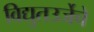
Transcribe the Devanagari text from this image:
विद्युतउर्जेचे